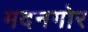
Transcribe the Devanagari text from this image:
मदनगोर